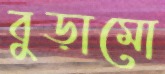
বুড়ামো